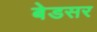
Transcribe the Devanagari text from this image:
बेडसर